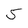
Character: 5